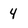
Character: 4